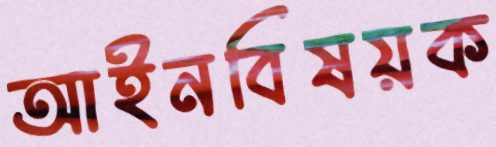
আইনবিষয়ক